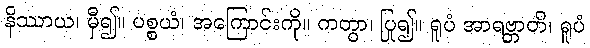
နိဿာယ၊ မှီ၍။ ပစ္စယံ၊ အကြောင်းကို။ ကတွာ၊ ပြု၍။ ရူပံ အာရဗ္ဘာတိ၊ ရူပံ